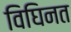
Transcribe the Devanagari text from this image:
विघिनत